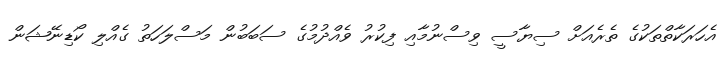
އެހަރަކާތްތަކުގެ ތެރެއަށް ސިޔާސީ ވިސްނުމާއި ފިކުރު ވެއްދުމުގެ ސަބަބުން މަސްލަހަތު ގެއްލި ކޯޑިނޭޝަން